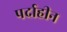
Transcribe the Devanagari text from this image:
पर्दाहीन